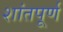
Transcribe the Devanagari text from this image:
शांतपूर्ण